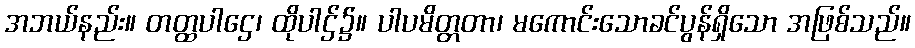
အဘယ်နည်း။ တတ္ထပါဌေ၊ ထိုပါဌ်၌။ ပါပမိတ္တတာ၊ မကောင်းသောခင်ပွန်ရှိသော အဖြစ်သည်။